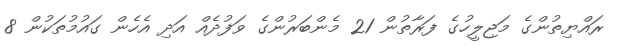
ރައްޔިތުންގެ މަޖިލީހުގެ ފަރާތުން 21 މެންބަރުންގެ ވަފުދެއް އަދި އެހެން ގައުމުތަކުން 8